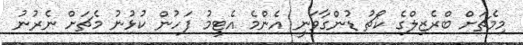
މިމެޗަށް ބްރެޒިލްގެ ކޯޗު ޑުންގާވަނީ އެންމެ އެޓީމު ފަހުން ކުޅުނު މެޗަށް ނެރުނު